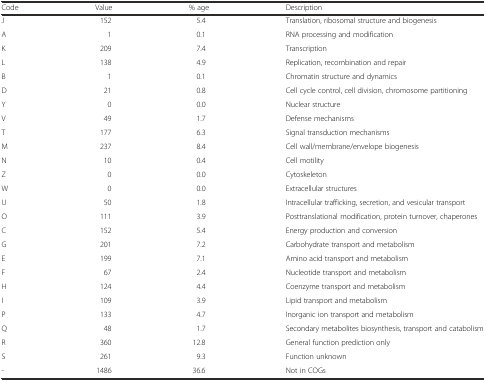
<table><thead><tr><td><b>Code</b></td><td><b>Value</b></td><td><b>% age</b></td><td><b>Description</b></td></tr></thead><tbody><tr><td>J</td><td>152</td><td>5.4</td><td>Translation, ribosomal structure and biogenesis</td></tr><tr><td>A</td><td>1</td><td>0.1</td><td>RNA processing and modification</td></tr><tr><td>K</td><td>209</td><td>7.4</td><td>Transcription</td></tr><tr><td>L</td><td>138</td><td>4.9</td><td>Replication, recombination and repair</td></tr><tr><td>B</td><td>1</td><td>0.1</td><td>Chromatin structure and dynamics</td></tr><tr><td>D</td><td>21</td><td>0.8</td><td>Cell cycle control, cell division, chromosome partitioning</td></tr><tr><td>Y</td><td>0</td><td>0.0</td><td>Nuclear structure</td></tr><tr><td>V</td><td>49</td><td>1.7</td><td>Defense mechanisms</td></tr><tr><td>T</td><td>177</td><td>6.3</td><td>Signal transduction mechanisms</td></tr><tr><td>M</td><td>237</td><td>8.4</td><td>Cell wall/membrane/envelope biogenesis</td></tr><tr><td>N</td><td>10</td><td>0.4</td><td>Cell motility</td></tr><tr><td>Z</td><td>0</td><td>0.0</td><td>Cytoskeleton</td></tr><tr><td>W</td><td>0</td><td>0.0</td><td>Extracellular structures</td></tr><tr><td>U</td><td>50</td><td>1.8</td><td>Intracellular trafficking, secretion, and vesicular transport</td></tr><tr><td>O</td><td>111</td><td>3.9</td><td>Posttranslational modification, protein turnover, chaperones</td></tr><tr><td>C</td><td>152</td><td>5.4</td><td>Energy production and conversion</td></tr><tr><td>G</td><td>201</td><td>7.2</td><td>Carbohydrate transport and metabolism</td></tr><tr><td>E</td><td>199</td><td>7.1</td><td>Amino acid transport and metabolism</td></tr><tr><td>F</td><td>67</td><td>2.4</td><td>Nucleotide transport and metabolism</td></tr><tr><td>H</td><td>124</td><td>4.4</td><td>Coenzyme transport and metabolism</td></tr><tr><td>I</td><td>109</td><td>3.9</td><td>Lipid transport and metabolism</td></tr><tr><td>P</td><td>133</td><td>4.7</td><td>Inorganic ion transport and metabolism</td></tr><tr><td>Q</td><td>48</td><td>1.7</td><td>Secondary metabolites biosynthesis, transport and catabolism</td></tr><tr><td>R</td><td>360</td><td>12.8</td><td>General function prediction only</td></tr><tr><td>S</td><td>261</td><td>9.3</td><td>Function unknown</td></tr><tr><td>-</td><td>1486</td><td>36.6</td><td>Not in COGs</td></tr></tbody></table>